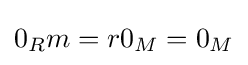
0_{R}m=r0_{M}=0_{M}